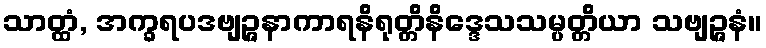
သာတ္ထံ, အက္ခရပဒဗျဉ္ဇနာကာရနိရုတ္တိနိဒ္ဒေသသမ္ပတ္တိယာ သဗျဉ္ဇနံ။